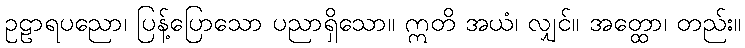
ဥဠာရပညော၊ ပြန့်ပြောသော ပညာရှိသော။ ဣတိ အယံ၊ လျှင်။ အတ္ထော၊ တည်း။